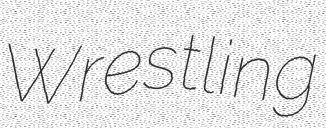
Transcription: Wrestling